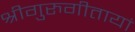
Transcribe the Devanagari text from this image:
श्रीगुरुगीतायां